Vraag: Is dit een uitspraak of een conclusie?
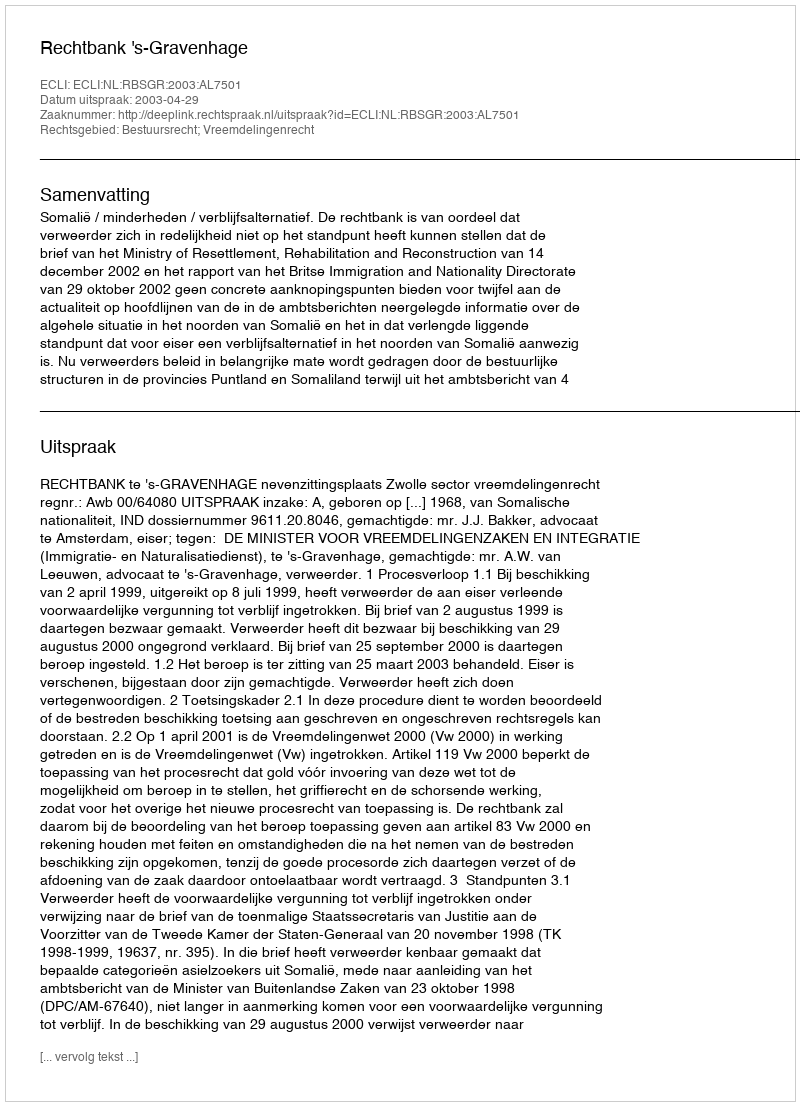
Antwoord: Uitspraak